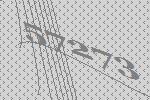
57273